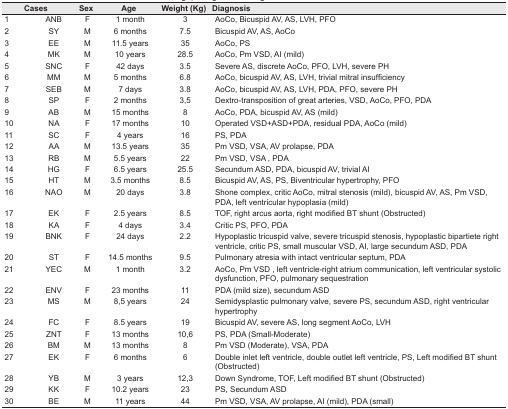
<table><thead><tr><td colspan="2"><b>Cases</b></td><td><b>Sex</b></td><td><b>Age</b></td><td><b>Weight (Kg)</b></td><td><b>Diagnosis</b></td></tr></thead><tbody><tr><td>1</td><td>ANB</td><td>F</td><td>1 month</td><td>3</td><td>AoCo, Bicuspid AV, AS, LVH, PFO</td></tr><tr><td>2</td><td>SY</td><td>M</td><td>6 months</td><td>7.5</td><td>Bicuspid AV, AS, AoCo</td></tr><tr><td>3</td><td>EE</td><td>M</td><td>11.5 years</td><td>35</td><td>AoCo, PS</td></tr><tr><td>4</td><td>MK</td><td>M</td><td>10 years</td><td>28.5</td><td>AoCo, Pm VSD, AI (mild)</td></tr><tr><td>5</td><td>SNC</td><td>F</td><td>42 days</td><td>3.5</td><td>Severe AS, discrete AoCo, PFO, LVH, severe PH</td></tr><tr><td>6</td><td>MM</td><td>M</td><td>5 months</td><td>6.8</td><td>AoCo, bicuspid AV, AS, LVH, trivial Mitral insufficiency</td></tr><tr><td>7</td><td>SEB</td><td>M</td><td>7 days</td><td>3.8</td><td>AoCo, bicuspid AV, AS, LVH, PDA, PFO, severe PH</td></tr><tr><td>8</td><td>SP</td><td>F</td><td>2 months</td><td>3,5</td><td>Dextro-transposition of great arteries, VSD, AoCo, PFO, PDA</td></tr><tr><td>9</td><td>AB</td><td>M</td><td>15 months</td><td>8</td><td>AoCo, PDA, bicuspid AV, AS (mild)</td></tr><tr><td>10</td><td>NA</td><td>F</td><td>17 months</td><td>10</td><td>Operated VSD+ASD+PDA, residual PDA, AoCo (mild)</td></tr><tr><td>11</td><td>SC</td><td>F</td><td>4 years</td><td>16</td><td>PS, PDA</td></tr><tr><td>12</td><td>AA</td><td>M</td><td>13.5 years</td><td>35</td><td>Pm VSD, VSA, AV prolapse, PDA</td></tr><tr><td>13</td><td>RB</td><td>M</td><td>5.5 years</td><td>22</td><td>Pm VSD, VSA, PDA</td></tr><tr><td>14</td><td>HG</td><td>F</td><td>6.5 years</td><td>25.5</td><td>Secundum ASD, PDA, bicuspid AV, trivial AI</td></tr><tr><td>15</td><td>HT</td><td>M</td><td>3.5 months</td><td>8.5</td><td>Bicuspid AV, AS, PS, Biventricular hypertrophy, PFO</td></tr><tr><td>16</td><td>NAO</td><td>M</td><td>20 days</td><td>3.8</td><td>Shone complex, critic AoCo, Mitral stenosis (mild), bicuspid AV, AS, Pm VSD, PDA, left ventricular hypoplasia (mild)</td></tr><tr><td>17</td><td>EK</td><td>F</td><td>2.5 years</td><td>8.5</td><td>TOF, right arcus aorta, right Modified BT shunt (Obstructed)</td></tr><tr><td>18</td><td>KA</td><td>F</td><td>4 days</td><td>3.4</td><td>Critic PS, PFO, PDA</td></tr><tr><td>19</td><td>BNK</td><td>F</td><td>24 days</td><td>2.2</td><td>Hypoplastic tricuspid valve, severe tricuspid stenosis, hypoplastic bipartiete right ventricle, critic PS, small Muscular VSD, AI, large secundum ASD, PDA</td></tr><tr><td>20</td><td>ST</td><td>F</td><td>14.5 months</td><td>9.5</td><td>Pulmonary atresia with intact ventricular septum, PDA</td></tr><tr><td>21</td><td>YEC</td><td>M</td><td>1 month</td><td>3.2</td><td>AoCo, Pm VSD, left ventricle-right atrium communication, left ventricular systolic dysfunction, PFO, pulmonary sequestration</td></tr><tr><td>22</td><td>ENV</td><td>F</td><td>23 months</td><td>11</td><td>PDA (mild size), secundum ASD</td></tr><tr><td>23</td><td>MS</td><td>M</td><td>8,5 years</td><td>24</td><td>Semidysplastic pulmonary valve, severe PS, secundum ASD, right ventricular hypertrophy</td></tr><tr><td>24</td><td>FC</td><td>F</td><td>8.5 years</td><td>19</td><td>Bicuspid AV, severe AS, long segment AoCo, LVH</td></tr><tr><td>25</td><td>ZNT</td><td>F</td><td>13 months</td><td>10,6</td><td>PS, PDA (Small-Moderate)</td></tr><tr><td>26</td><td>BM</td><td>M</td><td>13 months</td><td>8</td><td>Pm VSD (Moderate), VSA, PDA</td></tr><tr><td>27</td><td>EK</td><td>F</td><td>6 months</td><td>6</td><td>Double inlet left ventricle, double outlet left ventricle, PS, Left Modified BT shunt (Obstructed)</td></tr><tr><td>28</td><td>YB</td><td>M</td><td>3 years</td><td>12,3</td><td>Down Syndrome, TOF, Left Modified BT shunt (Obstructed)</td></tr><tr><td>29</td><td>KK</td><td>F</td><td>10.2 years</td><td>23</td><td>PS, Secundum ASD</td></tr><tr><td>30</td><td>BE</td><td>M</td><td>11 years</td><td>44</td><td>Pm VSD, VSA, AV prolapse, AI (mild), PDA (small)</td></tr></tbody></table>